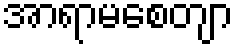
အာရာမစေတျာ